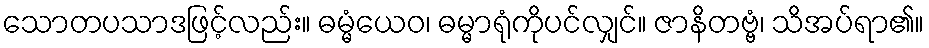
သောတပသာဒဖြင့်လည်း။ ဓမ္မံယေဝ၊ ဓမ္မာရုံကိုပင်လျှင်။ ဇာနိတဗ္ဗံ၊ သိအပ်ရာ၏။